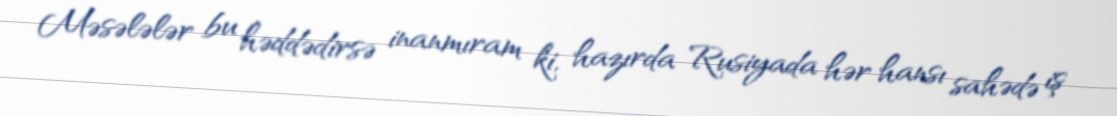
Məsələlər bu həddədirsə inanmıram ki, hazırda Rusiyada hər hansı sahədə iş